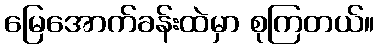
မြေအောက်ခန်းထဲမှာ စုကြတယ်။